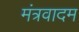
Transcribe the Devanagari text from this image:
मंत्रवादम